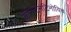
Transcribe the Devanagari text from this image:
कॉन्स्टेनटिनोविच